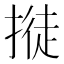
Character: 𢲛